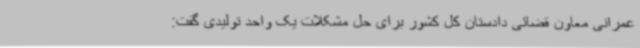
عمرانی معاون قضائی دادستان کل کشور برای حل مشکلات یک واحد تولیدی گفت: